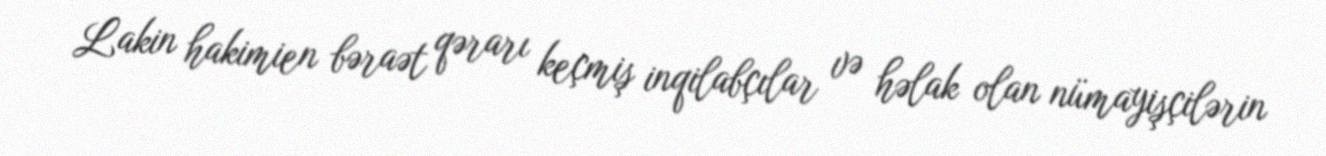
Lakin hakimien bəraət qərarı keçmiş inqilabçılar və həlak olan nümayişçilərin